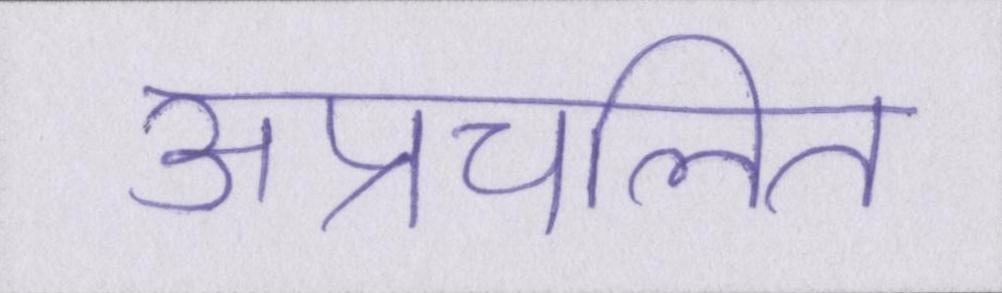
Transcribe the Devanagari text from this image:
अप्रचलित